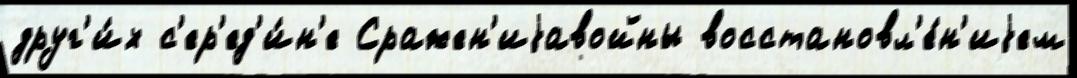
друг'и́х с'ер'ед'и́н'е Сражен'иjавойны восстановл'е́н'иjем